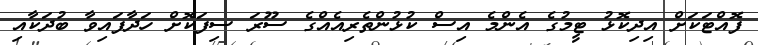
ފޮއްޓަކަށް އިދިކޮޅު ޓީމުގެ އެންމެ އިސް ކުޅުންތެރިއެއްގެ ސޫރަ ސިފަކޮށް ހަދާފައިވާ ބުދަކާއި